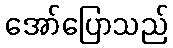
အော်ပြောသည်